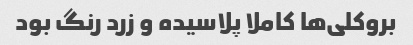
بروکلی‌ها کاملا پلاسیده و زرد رنگ بود